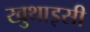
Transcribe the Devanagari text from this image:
खुथाइसी